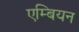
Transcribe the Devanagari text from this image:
एम्बियन